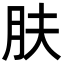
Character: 肤